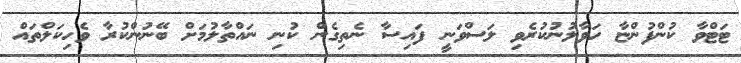
ޓަޓްވާ ކުންފުންޏާ ހަވާލުނުކުރެވި ލަސްވަނީ ފައިސާ ނެތިގެން ކުނި ނައްތާލުމަށް ބޭނުންކުރާ ވެހިކަލްތައް